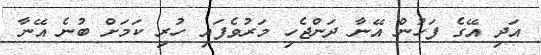
އަދި އޭގެ ފަހުން އޭނާ ދަންޖެހި މަރުވެފައި ހުރި ކަމަށް ބުނެ އޭނާ